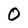
Character: O